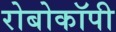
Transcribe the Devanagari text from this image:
रोबोकॉपी